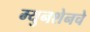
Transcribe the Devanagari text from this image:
म्युनशेनचे